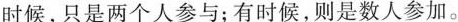
时候，只是两个人参与；有时候，则是数人参加。